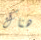
هناك